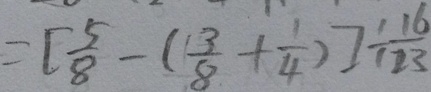
= [ \frac { 5 } { 8 } - ( \frac { 3 } { 8 } + \frac { 1 } { 4 } ) ] \div \frac { 1 6 } { 2 3 }